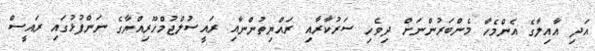
އަދި އާއިލާގެ އެންމެހާ މެންބަރުންނަށް ދިވެހި ސަރުކާރާއި ރައްޔިތުންނާއި ރައީސުލްޖުމްހޫރިއްޔާގެ ނަންފުޅުގައި ރައީސް